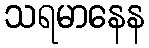
သရမာနေန